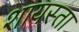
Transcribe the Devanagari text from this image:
शायस्ता